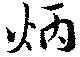
炳